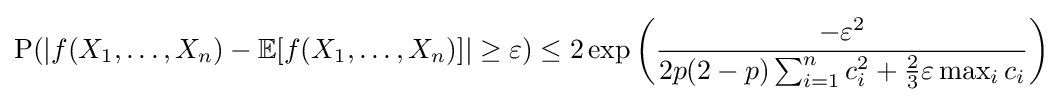
{\text{P}}(|f(X_{1},\ldots ,X_{n})-\mathbb {E} [f(X_{1},\ldots ,X_{n})]|\geq \varepsilon )\leq 2\exp \left({\frac {-\varepsilon ^{2}}{2p(2-p)\sum _{i=1}^{n}c_{i}^{2}+{\frac {2}{3}}\varepsilon \max _{i}c_{i}}}\right)